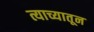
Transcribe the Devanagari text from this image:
त्याच्यातून